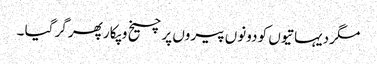
مگر دیہاتیوں کو دونوں پیروں پر چیخ و پکار پھر گر گیا ۔